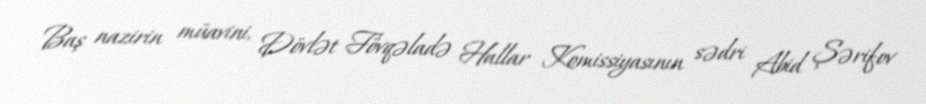
Baş nazirin müavini, Dövlət Fövqəladə Hallar Komissiyasının sədri Abid Şərifov